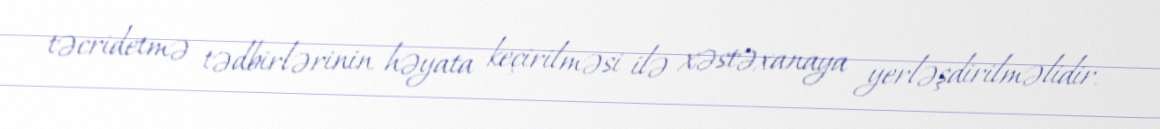
təcridetmə tədbirlərinin həyata keçirilməsi ilə xəstəxanaya yerləşdirilməlidir.